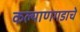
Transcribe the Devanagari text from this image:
कल्याणगडाचे